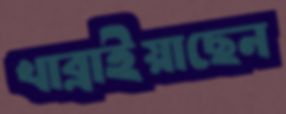
খাব্‌লাইয়াছেন